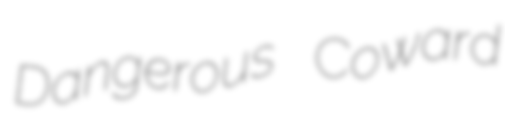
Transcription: Dangerous Coward